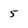
Character: 5